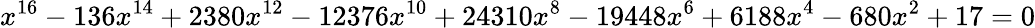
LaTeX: x^{16}-136x^{14}+2380x^{12}-12376x^{10}+24310x^{8}-19448x^{6}+6188x^{4}-680x^{2}+17=0